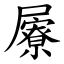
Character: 屪